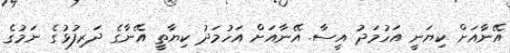
އޭނާއަށް ކިޔަނީ އަހުމަދު އީސާ. އޭނާއަށް އަހުމަދު ކިޔާތީ އޭނާގެ ދަރިފުޅުގެ ނަމުގެ